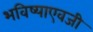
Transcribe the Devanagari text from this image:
भविष्याएवजी